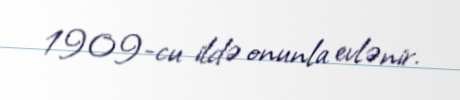
1909-cu ildə onunla evlənir.